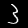
Digit: 3